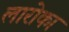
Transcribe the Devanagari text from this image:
लारोका